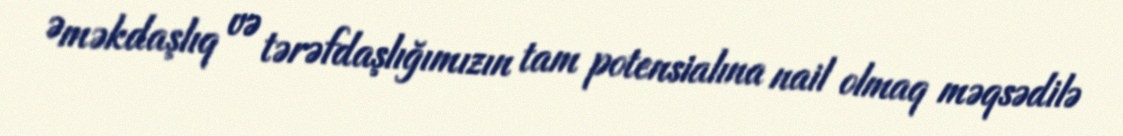
Əməkdaşlıq və tərəfdaşlığımızın tam potensialına nail olmaq məqsədilə